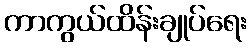
ကာကွယ်ထိန်းချုပ်ရေး